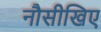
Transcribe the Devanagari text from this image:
नौसीखिए